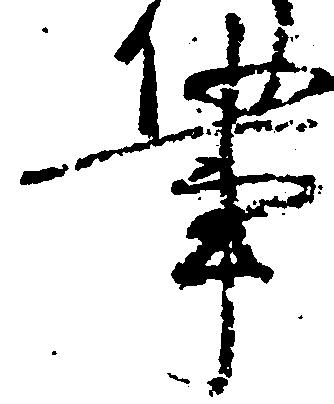
事